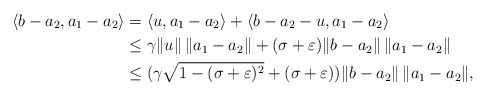
\begin{align*}\langle b-a_2,a_1-a_2\rangle&=\langle u,a_1-a_2\rangle+\langle b-a_2-u,a_1-a_2\rangle\\&\le\gamma\|u\|\,\|a_1-a_2\|+(\sigma+\varepsilon)\|b-a_2\|\,\|a_1-a_2\|\\&\le(\gamma\sqrt{1-(\sigma+\varepsilon)^2}+(\sigma+\varepsilon))\|b-a_2\|\,\|a_1-a_2\|,\end{align*}